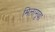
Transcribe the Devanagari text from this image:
मिलामूवा